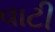
વાટી